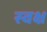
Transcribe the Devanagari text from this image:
स्वक्ष